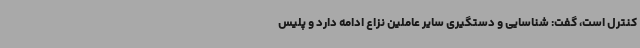
کنترل است، گفت: شناسایی و دستگیری سایر عاملین نزاع ادامه دارد و پلیس